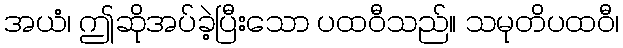
အယံ၊ ဤဆိုအပ်ခဲ့ပြီးသော ပထဝီသည်။ သမုတိပထဝီ၊